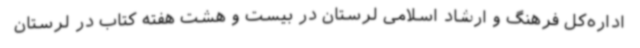
اداره‌کل فرهنگ و ارشاد اسلامی لرستان در بیست و هشت هفته کتاب در لرستان